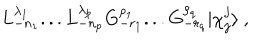
L _ { - n _ { 1 } } ^ { \lambda _ { 1 } } . . . L _ { - n _ { p } } ^ { \lambda _ { p } } G _ { - r _ { 1 } } ^ { \rho _ { 1 } } . . . G _ { - r _ { q } } ^ { \rho _ { q } } \vert \chi _ { j } ^ { j } \rangle { } ~ ,